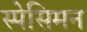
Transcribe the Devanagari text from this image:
स्पेसिमन